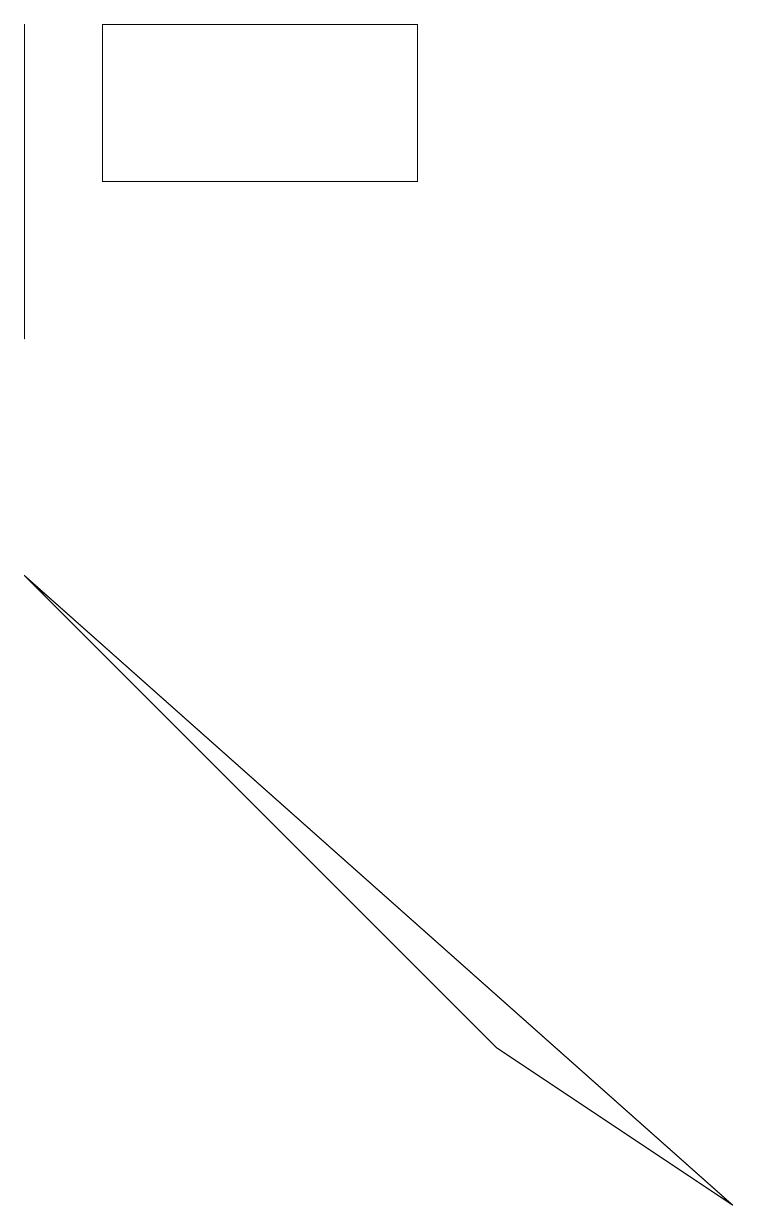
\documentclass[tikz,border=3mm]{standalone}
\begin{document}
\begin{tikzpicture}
\draw (0,11) rectangle (0,15);
\draw (6,2) -- (9,0) -- (0,8) -- cycle;
\draw (5,15) rectangle (1,13);
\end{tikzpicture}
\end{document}